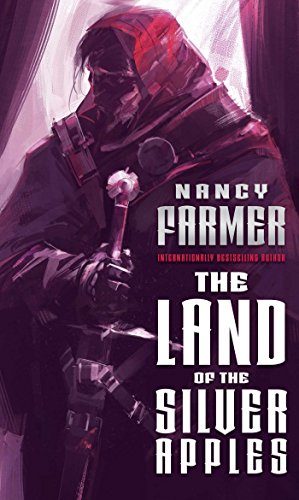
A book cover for The Land of the Silver Apples (The Sea of Trolls Trilogy); Nancy Farmer; Science Fiction & Fantasy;